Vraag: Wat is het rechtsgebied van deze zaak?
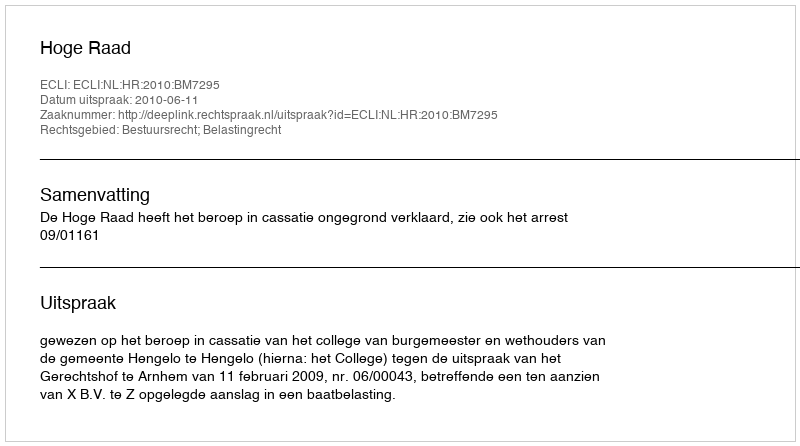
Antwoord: Bestuursrecht; Belastingrecht